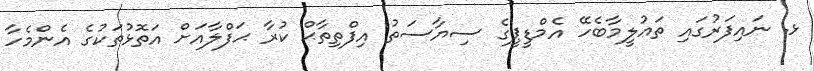
ޅ. ނައިފަރުގައި ތަޢުލީމާބެހޭ އެމްޑީޕީގެ ސިޔާސަތު އިފްތިތާޙް ކުރާ ޙަފްލާއަށް އަތޮޅުތަކުގެ އެންމެހާ